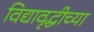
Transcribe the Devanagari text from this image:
विद्यावृद्धीच्या